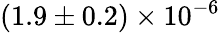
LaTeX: (1.9\pm 0.2)\times 10^{-6}